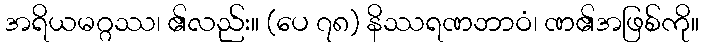
အရိယမဂ္ဂဿ၊ ၏လည်း။ (ပေ ၇၈) နိဿရဏဘာဝံ၊ ဏ၏အဖြစ်ကို။